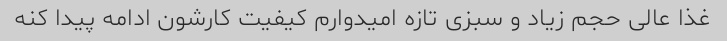
غذا عالی حجم زیاد و سبزی تازه امیدوارم کیفیت کارشون ادامه پیدا کنه